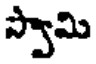
స్వామి